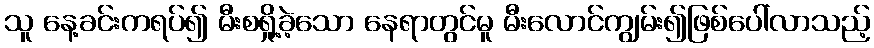
သူ နေ့ခင်းကရပ်၍ မီးစရှို့ခဲ့သော နေရာတွင်မူ မီးလောင်ကျွမ်း၍ဖြစ်ပေါ်လာသည့်